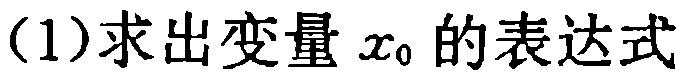
(1)求出变量 \(x_{0}\) 的表达式